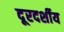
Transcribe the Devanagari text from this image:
दूरदर्शीय